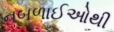
નબળાઈઓથી